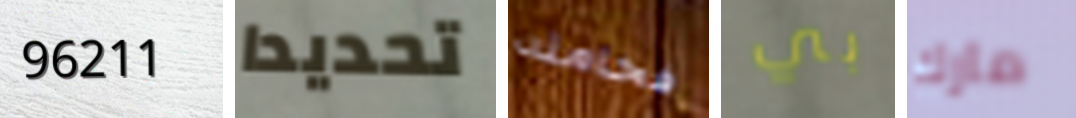
96211 تحديدا فخامته بي مارك